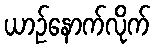
ယာဉ်နောက်လိုက်